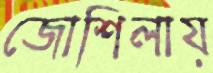
জোশিলায়